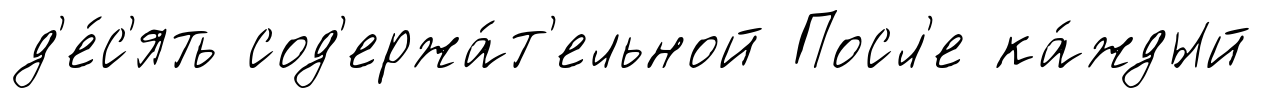
д'е́с'ять сод'ержа́т'ельной Посл'е ка́ждый